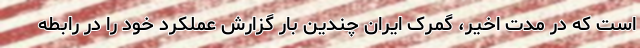
است که در مدت اخیر، گمرک ایران چندین بار گزارش عملکرد خود را در رابطه